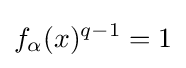
f_{\alpha }(x)^{q-1}=1